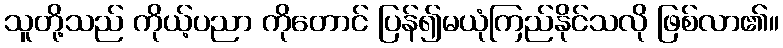
သူတို့သည် ကိုယ့်ပညာ ကိုတောင် ပြန်၍မယုံကြည်နိုင်သလို ဖြစ်လာ၏။